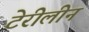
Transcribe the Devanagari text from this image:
टेरीलीन